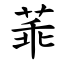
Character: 䓙